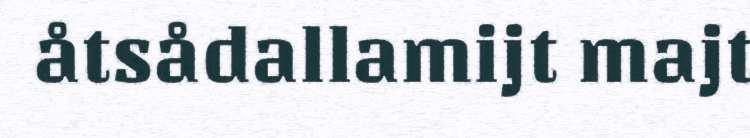
åtsådallamijt majt